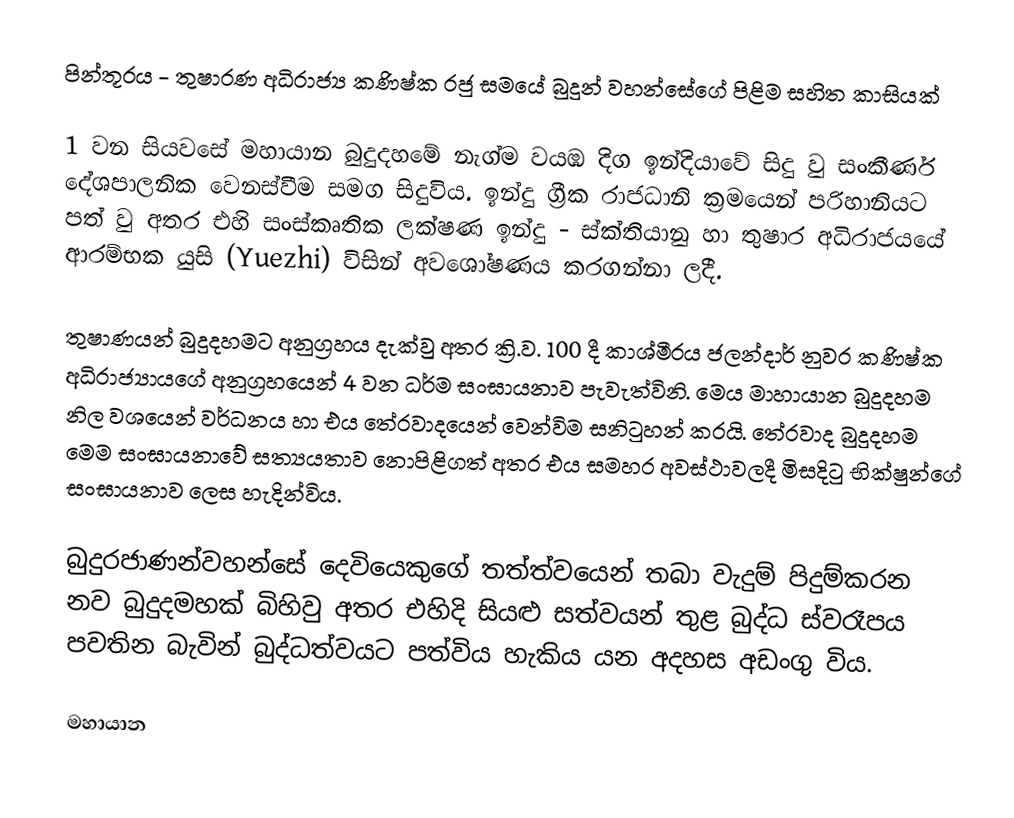
පින්තූරය - තුෂාරණ අධිරාජ්‍ය කණිෂ්ක රජු සමයේ බුදුන් වහන්සේගේ පිළිම සහිත කාසියක්

1 වන සියවසේ මහායාන බුදුදහමේ නැග්ම වයඹ දිග ඉන්දියාවේ සිදු වු සංකීර්ණ දේශපාලනික වෙනස්වීම සමග සිදුවිය. ඉන්දු ග්‍රීක රාජධානි ක්‍රමයෙන් පරිහානියට පත් වු අතර එහි සංස්කෘතික ලක්ෂණ ඉන්දු - ස්ක්තියානු හා තුෂාර අධිරාජයයේ ආරම්භක යුසි (Yuezhi) විසින් අවශෝෂණය කරගන්නා ලදී.

තුෂාණයන් බුදුදහමට අනුග්‍රහය දැක්වු අතර ක්‍රි.ව. 100 දී කාශ්මීරය ජලන්දාර් නුවර කණිෂ්ක අධිරාජ්‍යායගේ අනුග්‍රහයෙන් 4 වන ධර්ම සංඝායනාව පැවැත්විනි. මෙය මාහායාන බුදුදහම නිල වශයෙන් වර්ධනය හා එය තේරවාදයෙන් වෙන්විම සනිටුහන් කරයි. තේරවාද බුදුදහම මෙම සංඝායනාවේ සත්‍යයතාව නොපිළිගත් අතර එය සමහර අවස්ථාවලදී මිසදිටු භික්ෂුන්ගේ සංඝායනාව ලෙස හැදින්විය.

බුදුරජාණන්වහන්සේ දෙවියෙකුගේ තත්ත්වයෙන් තබා වැදුම් පිදුම්කරන නව බුදුදමහක් බිහිවු අතර එහිදි සියළු සත්වයන් තුළ බුද්ධ ස්වරෑපය පවතින බැවින් බුද්ධත්වයට පත්විය හැකිය යන අදහස අඩංගු විය.

මහායාන